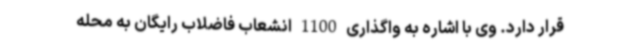
قرار دارد. وی با اشاره به واگذاری 1100 انشعاب فاضلاب رایگان به محله